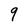
Character: 9